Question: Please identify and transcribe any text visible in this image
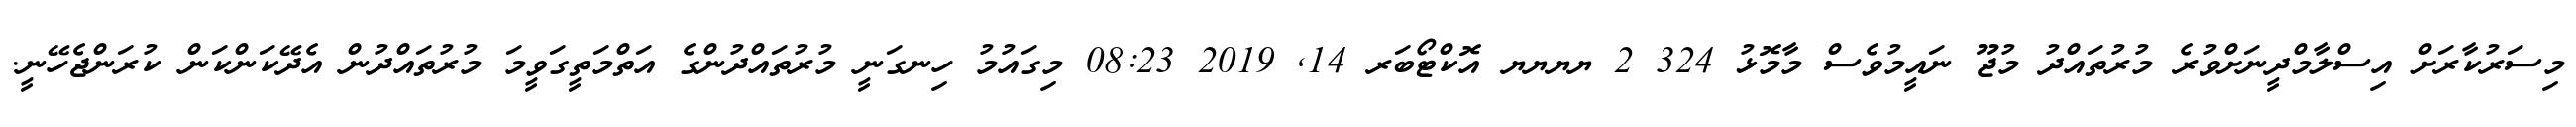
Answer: މިސަރުކާރަށް އިސްލާމްދީނަށްވުރެ މުރުތައްދު މުޖޫ ނައީމުވެސް މާމޮޅު 324 2 ޔޔޔޔ އޮކްޓޯބަރ 14, 2019 08:23 މިގައުމު ހިނގަނީ މުރުތައްދުންގެ އަތްމަތީގަވީމަ މުރުތައްދުން އެދޭކަންކަން ކުރަންޖެހޭނީ.